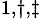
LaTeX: ^{1,\dagger,\ddagger}